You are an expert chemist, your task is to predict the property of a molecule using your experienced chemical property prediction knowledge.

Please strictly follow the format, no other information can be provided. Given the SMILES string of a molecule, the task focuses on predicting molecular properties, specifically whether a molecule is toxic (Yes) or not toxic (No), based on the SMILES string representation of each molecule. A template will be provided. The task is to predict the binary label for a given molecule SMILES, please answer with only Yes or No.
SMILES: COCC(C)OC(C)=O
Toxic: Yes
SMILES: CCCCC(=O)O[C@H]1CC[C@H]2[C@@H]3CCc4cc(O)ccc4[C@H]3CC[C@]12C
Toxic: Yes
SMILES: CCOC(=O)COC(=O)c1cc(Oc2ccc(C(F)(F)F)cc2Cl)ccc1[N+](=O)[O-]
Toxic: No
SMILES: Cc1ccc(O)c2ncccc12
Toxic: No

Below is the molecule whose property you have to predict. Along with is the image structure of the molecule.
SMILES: OCCOCC#CCOCCO
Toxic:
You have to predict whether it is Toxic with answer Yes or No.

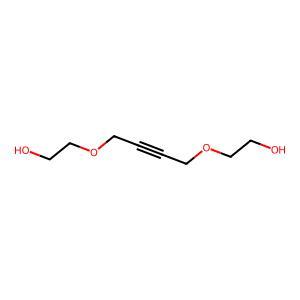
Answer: No